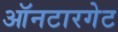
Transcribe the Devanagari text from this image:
ऑनटारगेट